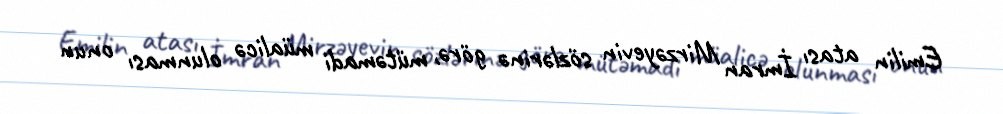
Emilin atası İmran Mirzəyevin sözlərinə görə, mütəmadi müalicə olunması onun